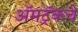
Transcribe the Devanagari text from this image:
ॲमट्रॅकचे